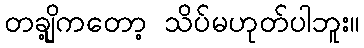
တချို့ကတော့ သိပ်မဟုတ်ပါဘူး။